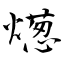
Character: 燪